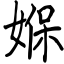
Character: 媬